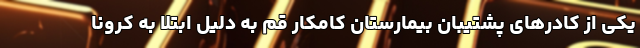
یکی از کادرهای پشتیبان بیمارستان کامکار قم به دلیل ابتلا به کرونا